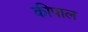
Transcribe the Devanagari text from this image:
कीपाल